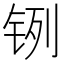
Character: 𲇹